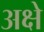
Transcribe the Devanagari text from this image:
अक्षे